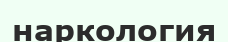
наркология